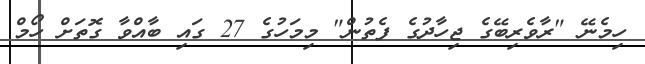
ހިމެނޭ "ރާވެރިބޭގެ ޖިހާދުގެ ފެތުން" މިމަހުގެ 27 ގައި ބާއްވާ ގޮތަށް ހޯމް